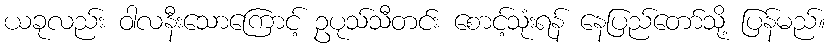
ယခုလည်း ဝါလနီးသောကြောင့် ဥပုသ်သီတင်း စောင့်သုံးရန် နေပြည်တော်သို့ ပြန်မည်။